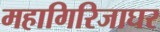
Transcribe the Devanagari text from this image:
महागिरिजाघर